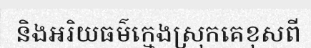
និងអរិយធម៌ក្មេងស្រុកគេខុសពី